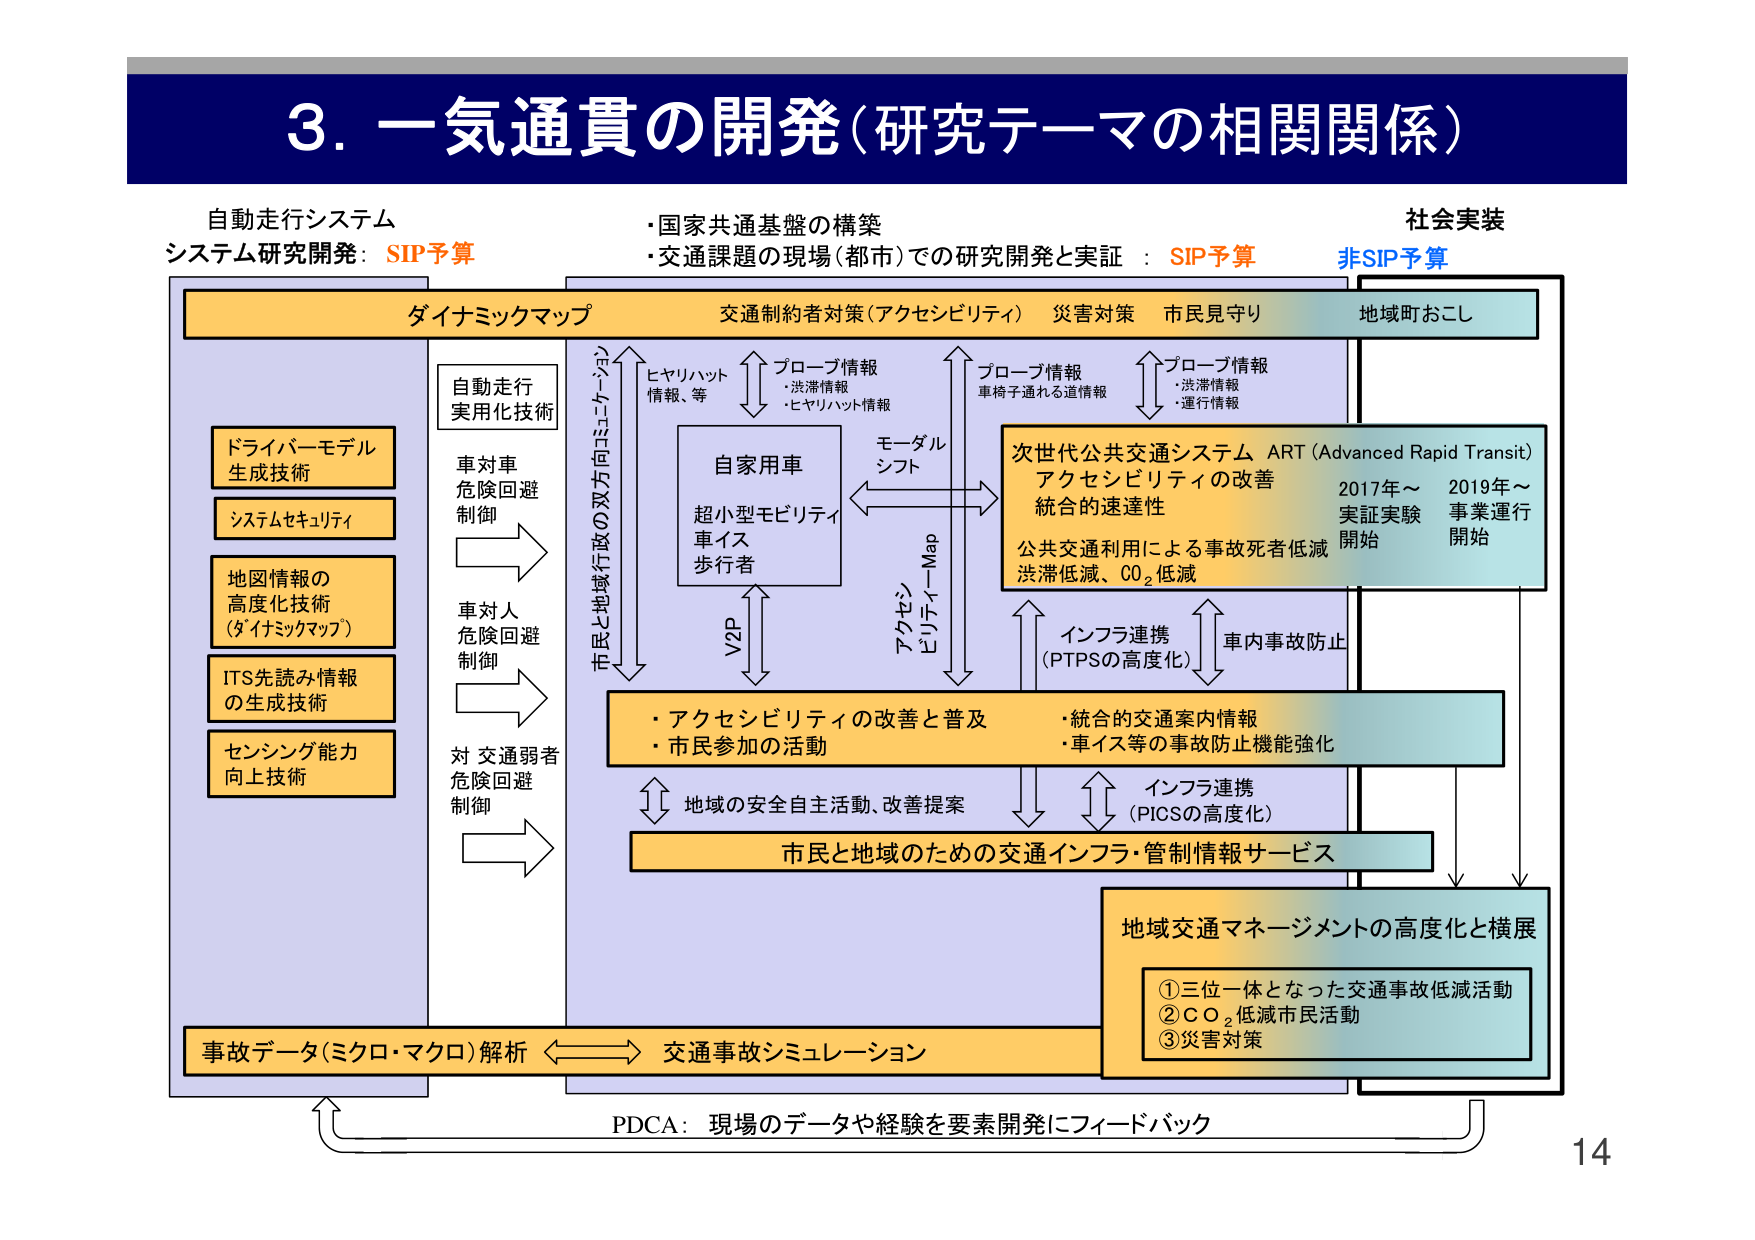
3. 一気通貫の開発（研究テーマの相関関係）

自動走行システム
システム研究開発：SIP予算

・国家共通基盤の構築
・交通課題の現場（都市）での研究開発と実証 ： SIP予算
社会実装
非SIP予算

ダイナミックマップ
交通制約者対策（アクセシビリティ） 災害対策 市民見守り
地域町おこし

ドライバーモデル
生成技術
システムセキュリティ
地図情報の
高度化技術
（ダイナミックマップ）
ITS先読み情報
の生成技術
センシング能力
向上技術

自動走行
実用化技術
車対車
危険回避
制御
車対人
危険回避
制御
対 交通弱者
危険回避
制御

市民と地域行政の双方向コミュニケーション

ヒヤリハット
情報、等
プローブ情報
・渋滞情報
・ヒヤリハット情報
プローブ情報
車椅子通れる道情報
プローブ情報
・渋滞情報
・運行情報

自家用車
超小型モビリティ
車イス
歩行者

モーダル
シフト
アクセシビリティ-Map
V2P

次世代公共交通システム ART（Advanced Rapid Transit）
アクセシビリティの改善
統合的速達性
公共交通利用による事故死者低減
渋滞低減、CO₂低減
2017年～ 実証実験 開始
2019年～ 事業運行 開始

インフラ連携
（PTPSの高度化）
車内事故防止

・アクセシビリティの改善と普及
・市民参加の活動
・統合的交通案内情報
・車イス等の事故防止機能強化

地域の安全自主活動、改善提案
インフラ連携
（PICSの高度化）

市民と地域のための交通インフラ・管制情報サービス

事故データ（ミクロ・マクロ）解析
交通事故シミュレーション

地域交通マネージメントの高度化と横展
①三位一体となった交通事故低減活動
②CO₂低減市民活動
③災害対策

PDCA：現場のデータや経験を要素開発にフィードバック

14